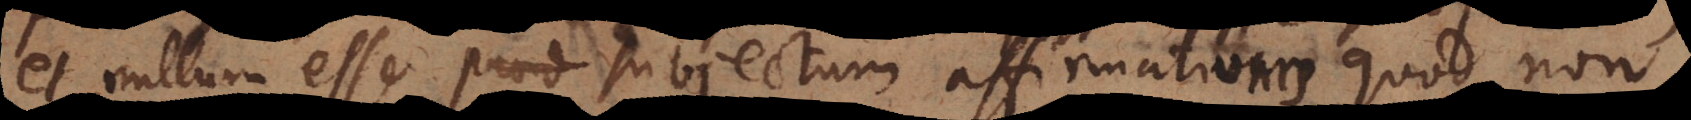
et nullum esse praed subjectum affirmativum quod non